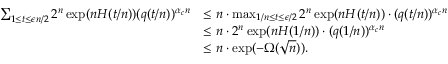
\begin{array} { r l } { \sum _ { 1 \le t \le \epsilon n / 2 } 2 ^ { n } \exp ( n H ( t / n ) ) ( q ( t / n ) ) ^ { \alpha _ { c } n } } & { \le n \cdot \operatorname* { m a x } _ { 1 / n \le t \le \epsilon / 2 } 2 ^ { n } \exp ( n H ( t / n ) ) \cdot ( q ( t / n ) ) ^ { \alpha _ { c } n } } \\ & { \le n \cdot 2 ^ { n } \exp ( n H ( 1 / n ) ) \cdot ( q ( 1 / n ) ) ^ { \alpha _ { c } n } } \\ & { \le n \cdot \exp ( - \Omega ( \sqrt { n } ) ) . } \end{array}